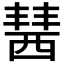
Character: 𧟷